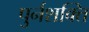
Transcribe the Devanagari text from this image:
पुर्नशक्ति